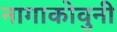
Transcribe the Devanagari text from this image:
नागाकोवुनी